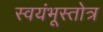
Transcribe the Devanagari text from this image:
स्वयंभूस्तोत्र